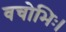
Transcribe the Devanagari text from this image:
वचोभिः।